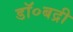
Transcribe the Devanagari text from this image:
डॉ०बद्री